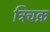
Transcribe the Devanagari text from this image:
त्रिचक्र